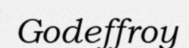
Godeffroy